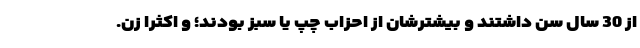
از 30 سال سن داشتند و بیشترشان از احزاب چپ یا سبز بودند؛ و اکثرا زن.